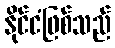
နိုင်ငံဖြစ်သည်